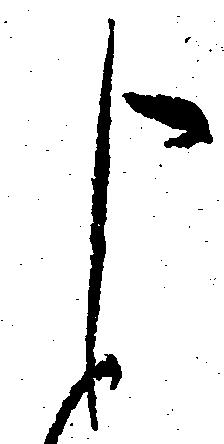
申